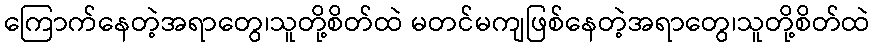
ကြောက်နေတဲ့အရာတွေ၊သူတို့စိတ်ထဲ မတင်မကျဖြစ်နေတဲ့အရာတွေ၊သူတို့စိတ်ထဲ